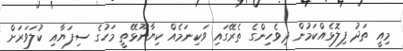
މިއީ ތަދު ފިލޮޅެއްކަމުން ދިވެހިންގެ ތެރޭގައި ވަކިނަމެއް ކިޔާނޫޅޭތީ މަހުގެ ސިފަޔާއި ކުލަވަރަށް